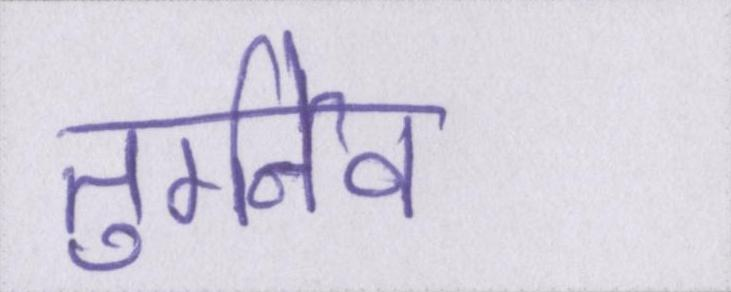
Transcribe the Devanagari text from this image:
तुर्गनेव